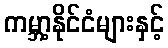
ကမ္ဘာ့နိုင်ငံများနှင့်